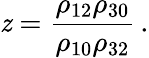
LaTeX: \mathit{z}=\frac{{\rho_{12}\rho_{30}}}{{\rho_{10}\rho_{32}}}\, .